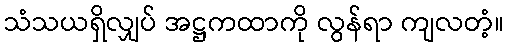
သံသယရှိလျှပ် အဋ္ဌကထာကို လွန်ရာ ကျလတံ့။